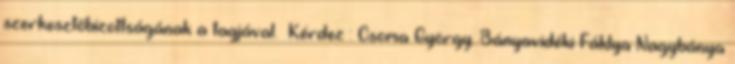
szerkesztőbizottságának a tagjával. Kérdez : Csoma György. Bányavidéki Fáklya Nagybánya